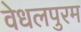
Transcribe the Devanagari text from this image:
वेधलपुरम